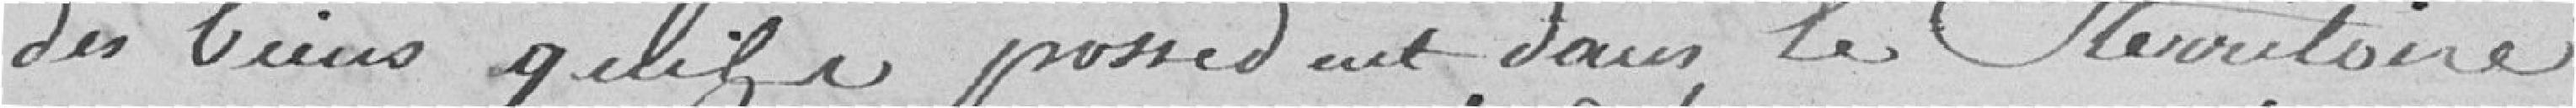
des biensd qu'ils possedent dans le territoire